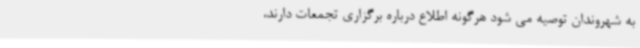
به شهروندان توصیه می شود هرگونه اطلاع درباره برگزاری تجمعات دارند،